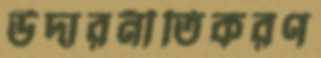
উদারনীতিকরণ